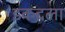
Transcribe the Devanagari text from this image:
इकदला